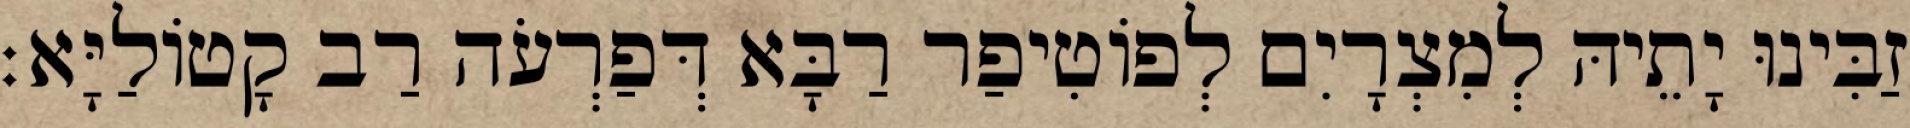
זַבִּינוּ יָתֵיהּ לְמִצְרָיִם לְפוֹטִיפַר רַבָּא דְּפַרְעֹה רַב קָטוֹלַיָּא׃